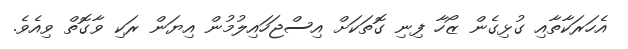
އެހަރަކާތާއި ގުޅިގެން ޒޯހާ ފިނި ގޮތަކަށް އިސްޖަހައިލުމުން އިޔަން ރަކި ވާގޮތް ވިއެވެ.